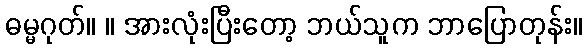
ဓမ္မဂုတ်။ ။ အားလုံးပြီးတော့ ဘယ်သူက ဘာပြောတုန်း။